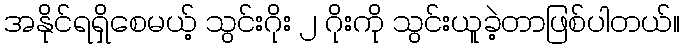
အနိုင်ရရှိစေမယ့် သွင်းဂိုး ၂ ဂိုးကို သွင်းယူခဲ့တာဖြစ်ပါတယ်။